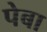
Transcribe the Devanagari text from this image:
पेबा